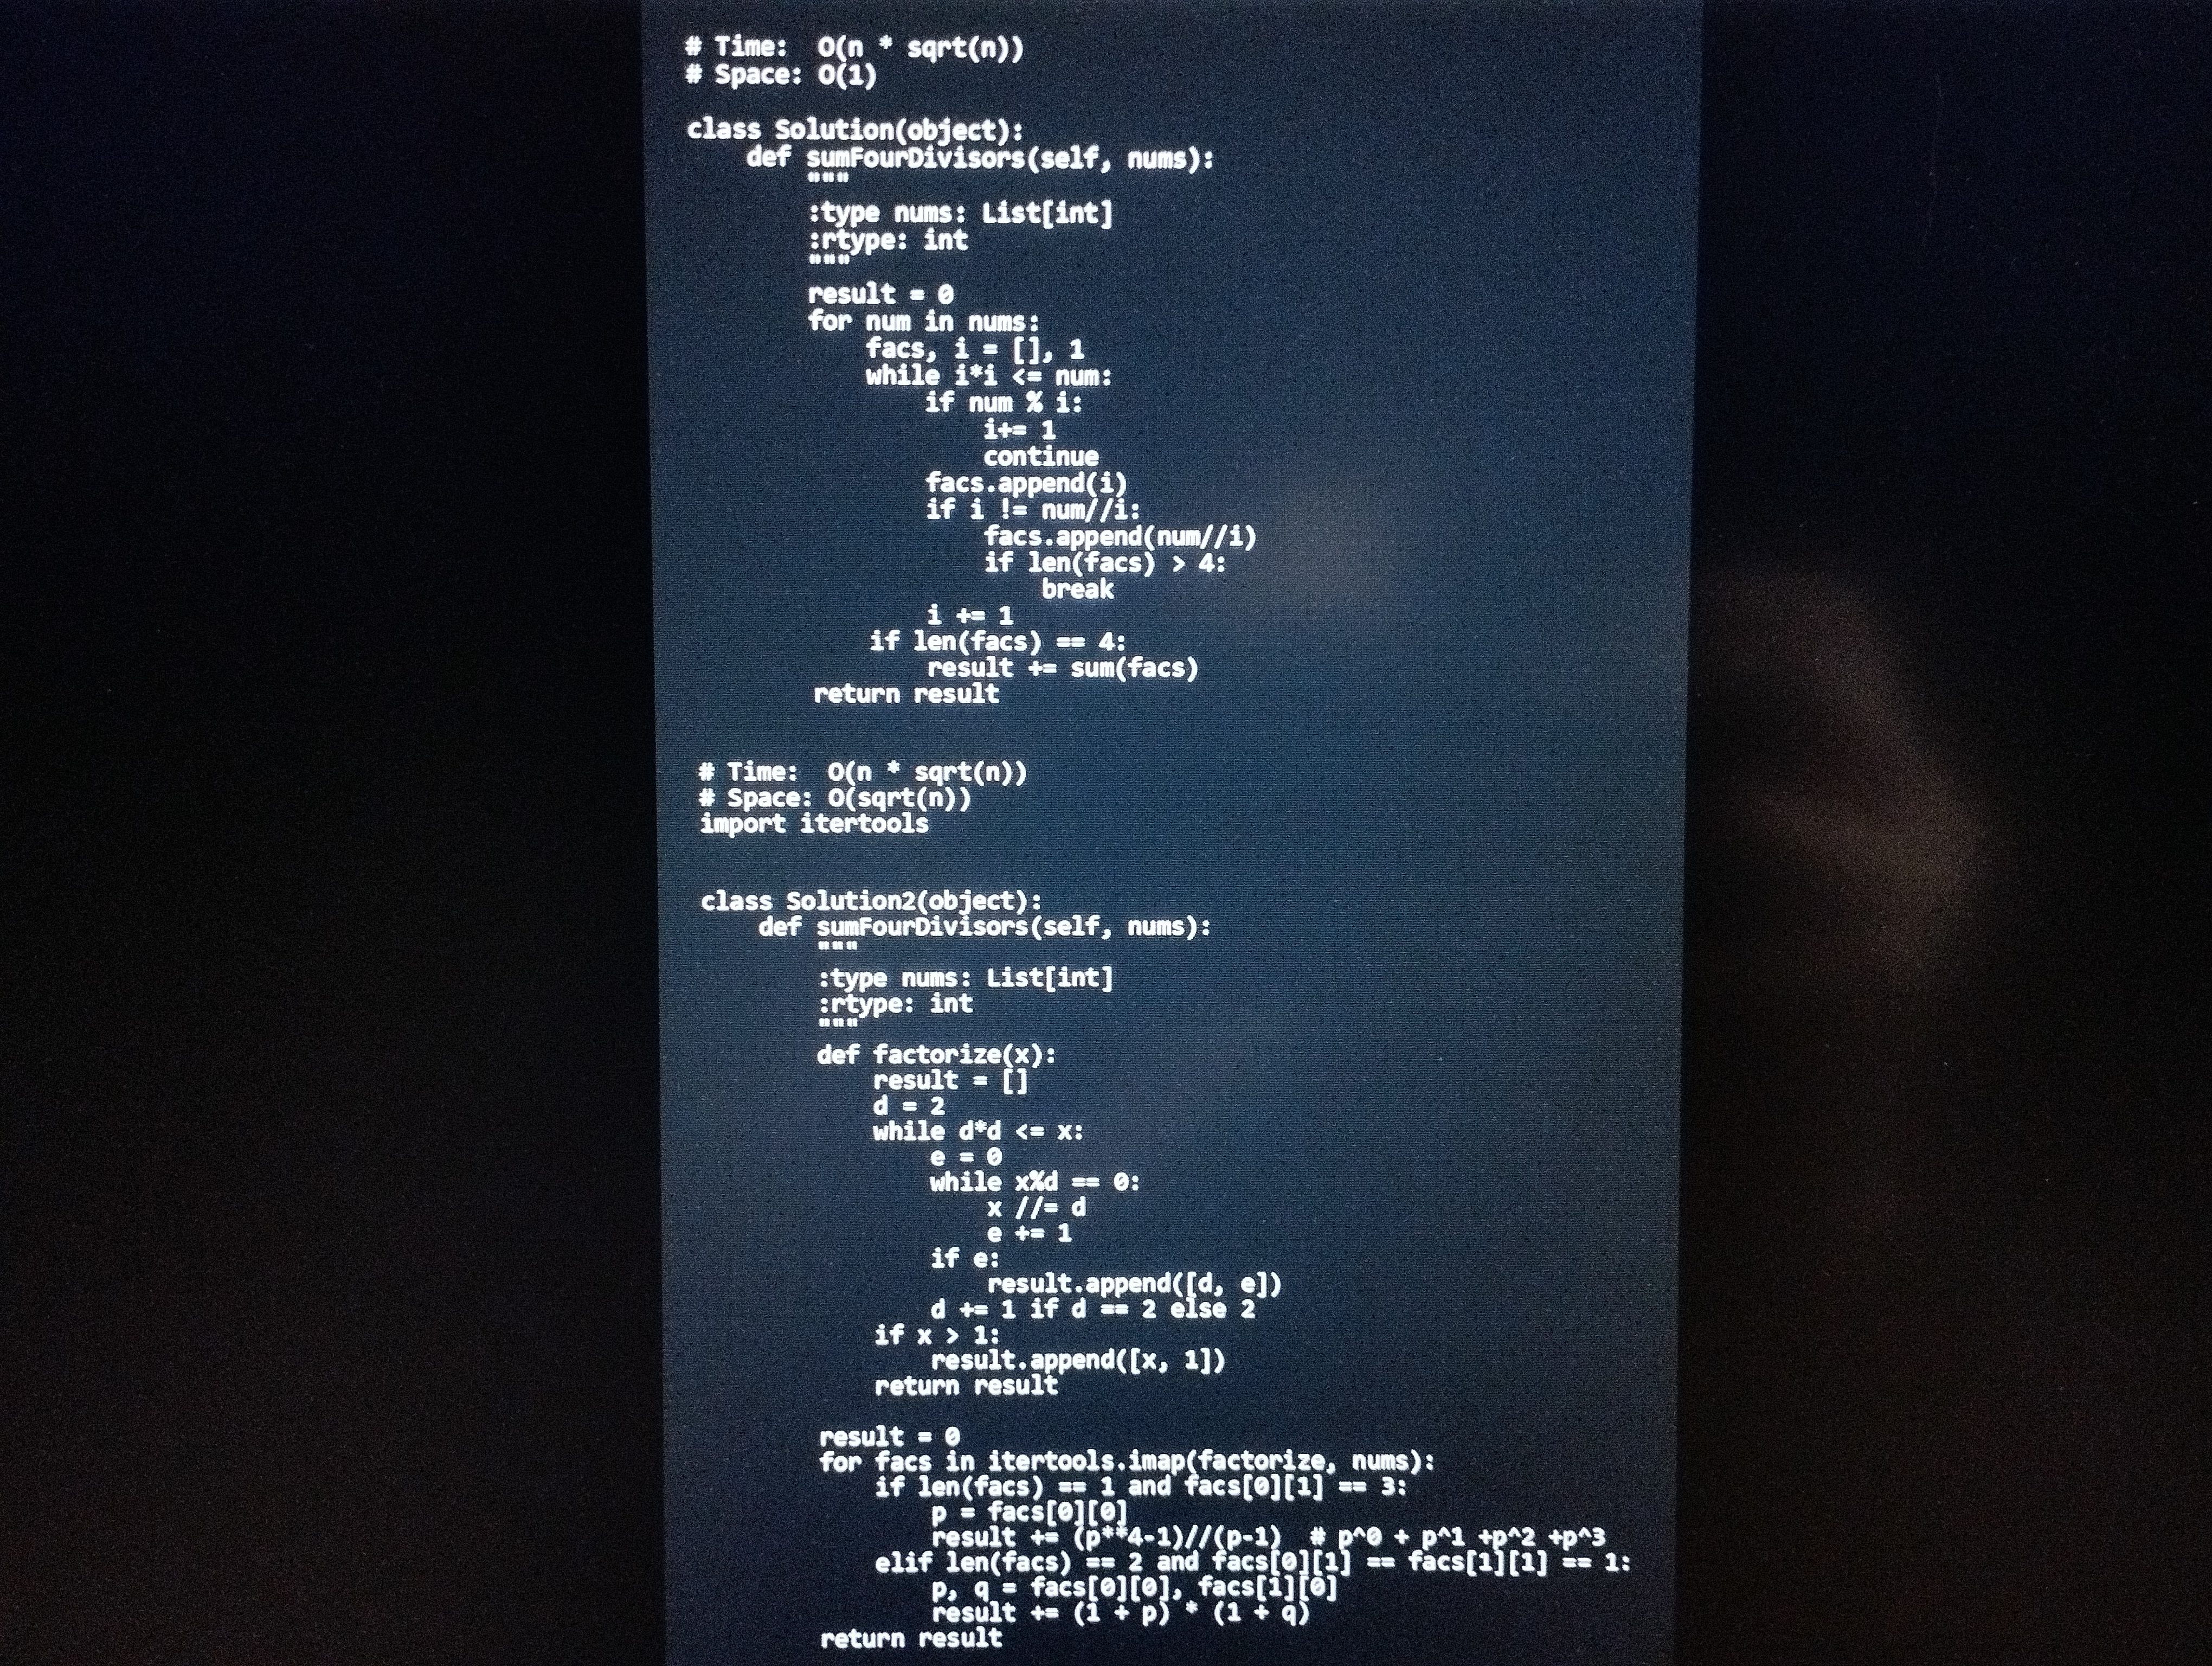
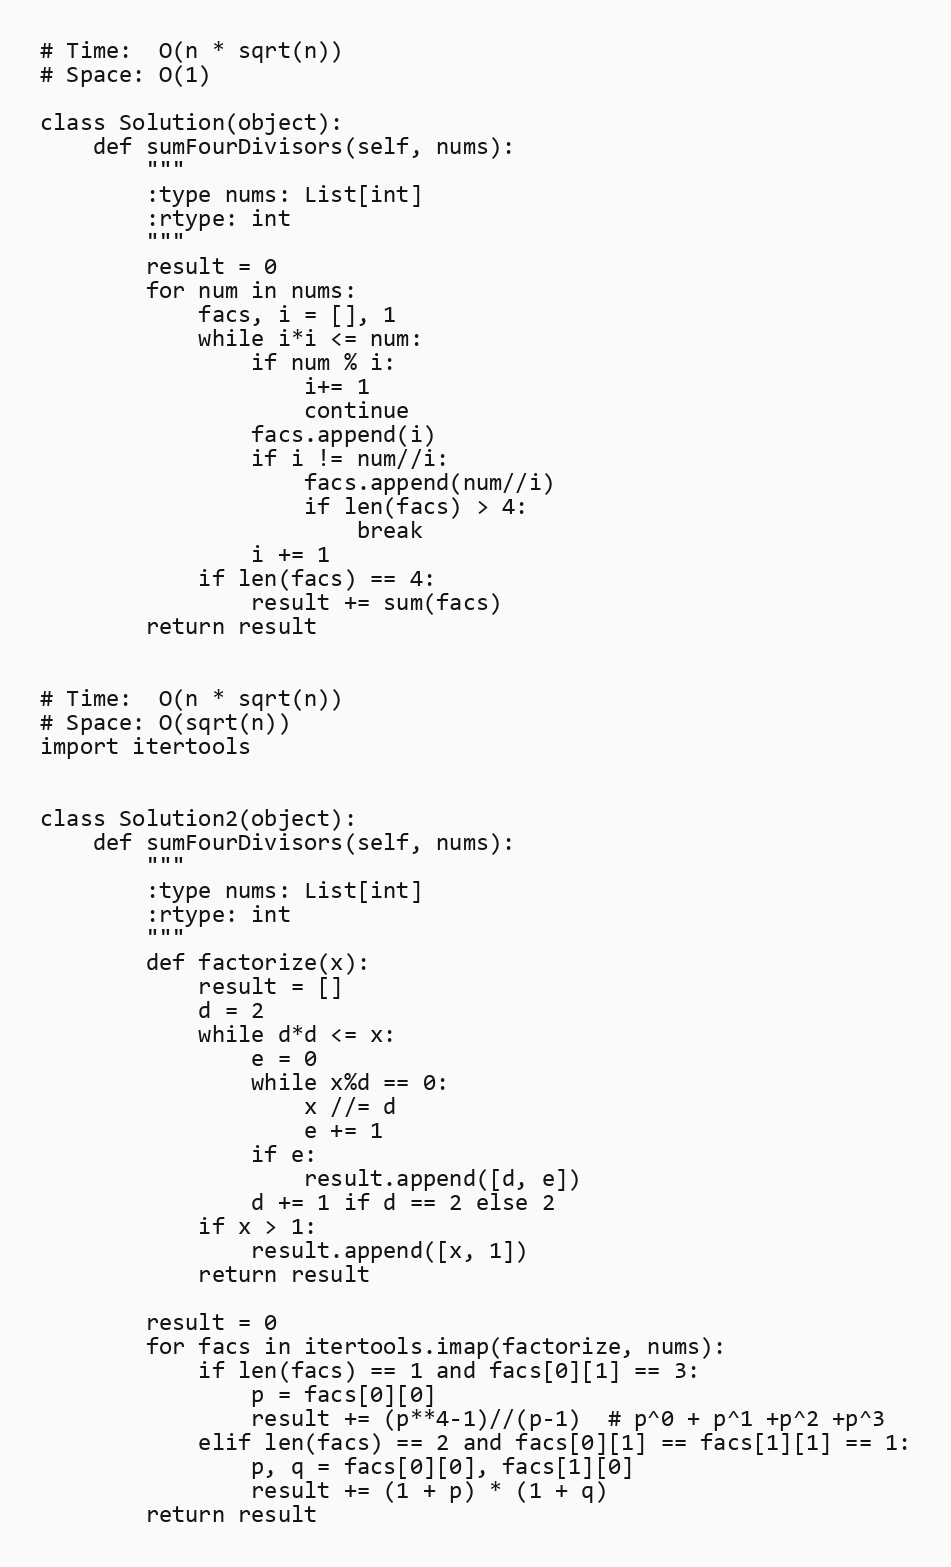
# Time:  O(n * sqrt(n))
# Space: O(1)

class Solution(object):
    def sumFourDivisors(self, nums):
        """
        :type nums: List[int]
        :rtype: int
        """
        result = 0
        for num in nums:
            facs, i = [], 1
            while i*i <= num:
                if num % i:
                    i+= 1
                    continue
                facs.append(i)
                if i != num//i:
                    facs.append(num//i)
                    if len(facs) > 4:
                        break
                i += 1
            if len(facs) == 4:
                result += sum(facs)
        return result

# Time:  O(n * sqrt(n))
# Space: O(sqrt(n))
import itertools

class Solution2(object):
    def sumFourDivisors(self, nums):
        """
        :type nums: List[int]
        :rtype: int
        """
        def factorize(x):
            result = []
            d = 2
            while d*d <= x:
                e = 0
                while x%d == 0:
                    x //= d
                    e += 1
                if e:
                    result.append([d, e])
                d += 1 if d == 2 else 2
            if x > 1:
                result.append([x, 1])
            return result

        result = 0
        for facs in itertools.imap(factorize, nums):
            if len(facs) == 1 and facs[0][1] == 3:
                p = facs[0][0]
                result += (p**4-1)//(p-1)  # p^0 + p^1 +p^2 +p^3
            elif len(facs) == 2 and facs[0][1] == facs[1][1] == 1:
                p, q = facs[0][0], facs[1][0]
                result += (1 + p) * (1 + q)
        return result